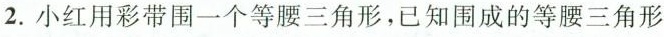
2.小红用彩带围一个等腰三角形，已知围成的等腰三角形